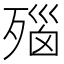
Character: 𬆛